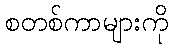
စတစ်ကာများကို